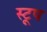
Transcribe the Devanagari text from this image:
स्टूप